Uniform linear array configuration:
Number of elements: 32
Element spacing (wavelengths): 0.25
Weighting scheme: binomial
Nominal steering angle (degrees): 0
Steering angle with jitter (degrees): -1.717
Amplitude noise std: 0.05
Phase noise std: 0.05

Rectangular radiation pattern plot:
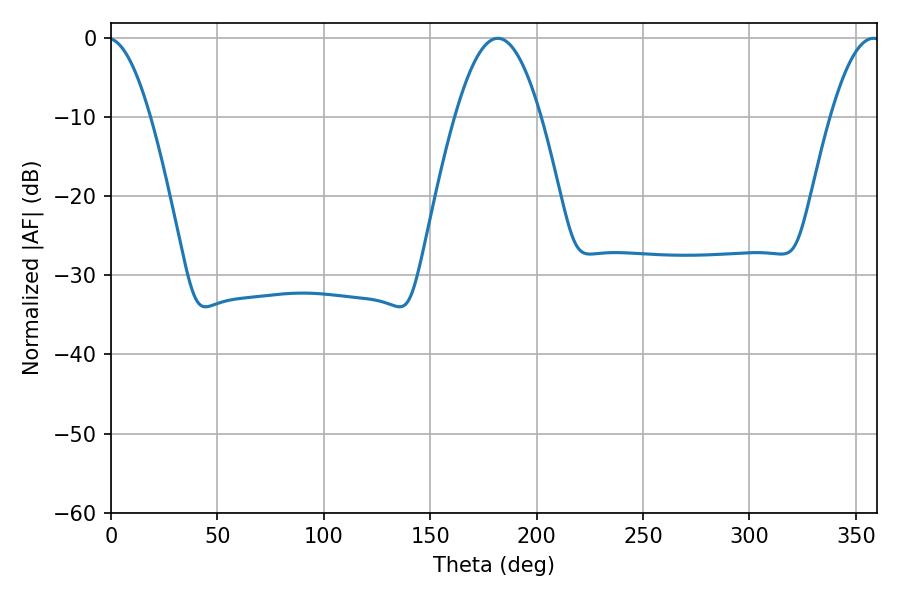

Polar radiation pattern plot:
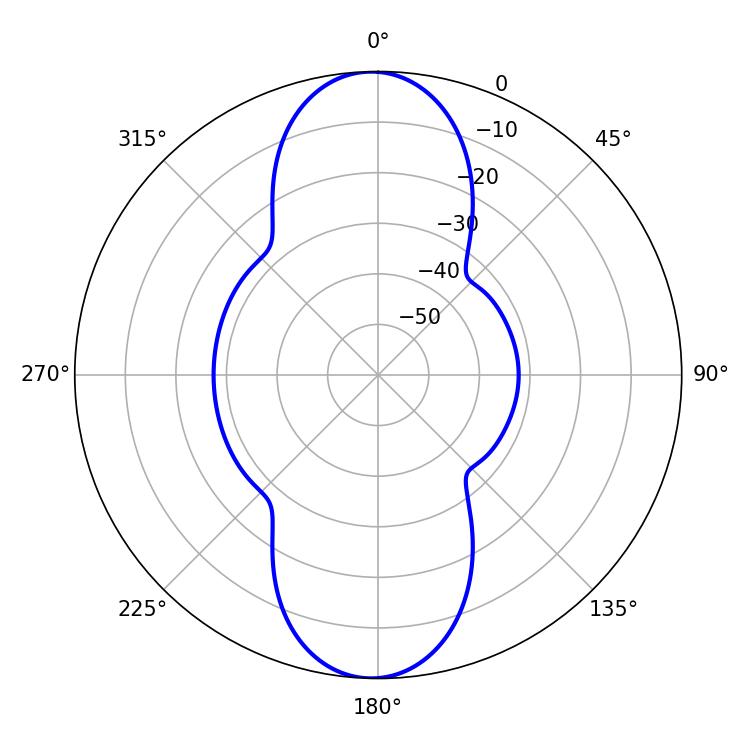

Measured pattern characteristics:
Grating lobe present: FALSE
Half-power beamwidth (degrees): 21.96
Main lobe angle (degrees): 181.8